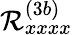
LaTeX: \mathcal{R}_{xxxx}^{(3b)}